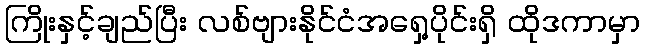
ကြိုးနှင့်ချည်ပြီး လစ်ဗျားနိုင်ငံအရှေ့ပိုင်းရှိ ထိုဒကာမှာ